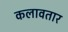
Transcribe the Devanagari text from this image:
कलावतार